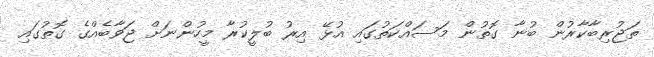
ތަޖުރިބާކާރުން ބުނާ ގޮތުން މަސައްކަތުގައި އުޅޭ އިރު ބުލީކުރާ މީހުންނަށް ޖަވާބެއްގެ ގޮތުގައި